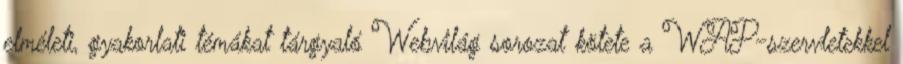
elméleti, gyakorlati témákat tárgyaló Webvilág sorozat kötete a WAP-szervletekkel